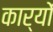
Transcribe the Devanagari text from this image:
कार्याें